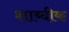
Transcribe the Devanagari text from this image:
शाब्दीक